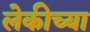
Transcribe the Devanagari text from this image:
लेकीच्या